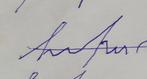
Signature authenticity: forged